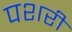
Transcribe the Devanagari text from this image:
पशरी